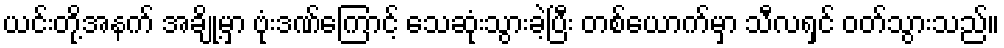
ယင်းတို့အနက် အချို့မှာ ဗုံးဒဏ်ကြောင့် သေဆုံးသွားခဲ့ပြီး တစ်ယောက်မှာ သီလရှင် ဝတ်သွားသည်။